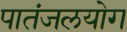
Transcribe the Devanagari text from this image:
पातंजलयोग